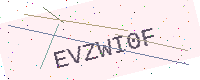
Text: EVZWI0F